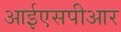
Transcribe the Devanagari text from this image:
आईएसपीआर